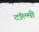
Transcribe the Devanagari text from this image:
टॉल्मी